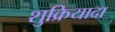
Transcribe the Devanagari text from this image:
शुक्रियादा